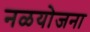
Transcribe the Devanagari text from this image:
नळयोजना